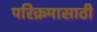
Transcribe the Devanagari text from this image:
परिक्रमासाठी